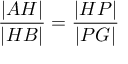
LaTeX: { \frac { | A H | } { | H B | } } = { \frac { | H P | } { | P G | } }